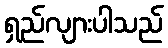
ရှည်လျားပါသည်